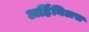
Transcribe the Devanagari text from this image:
अर्हिनिअस